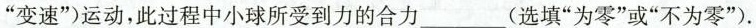
”变速”)运动，此过程中小球所受到力的合力___(选填”为零”或”不为零”)。